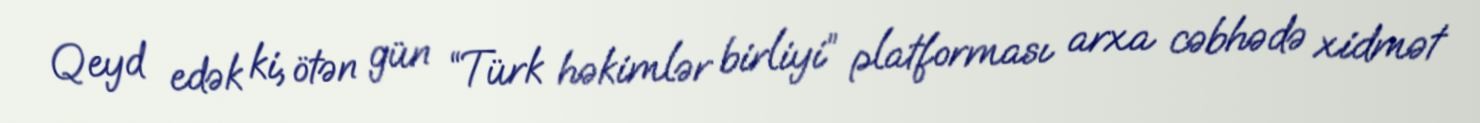
Qeyd edək ki, ötən gün “Türk həkimlər birliyi” platforması arxa cəbhədə xidmət